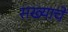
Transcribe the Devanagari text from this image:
सख्याचे